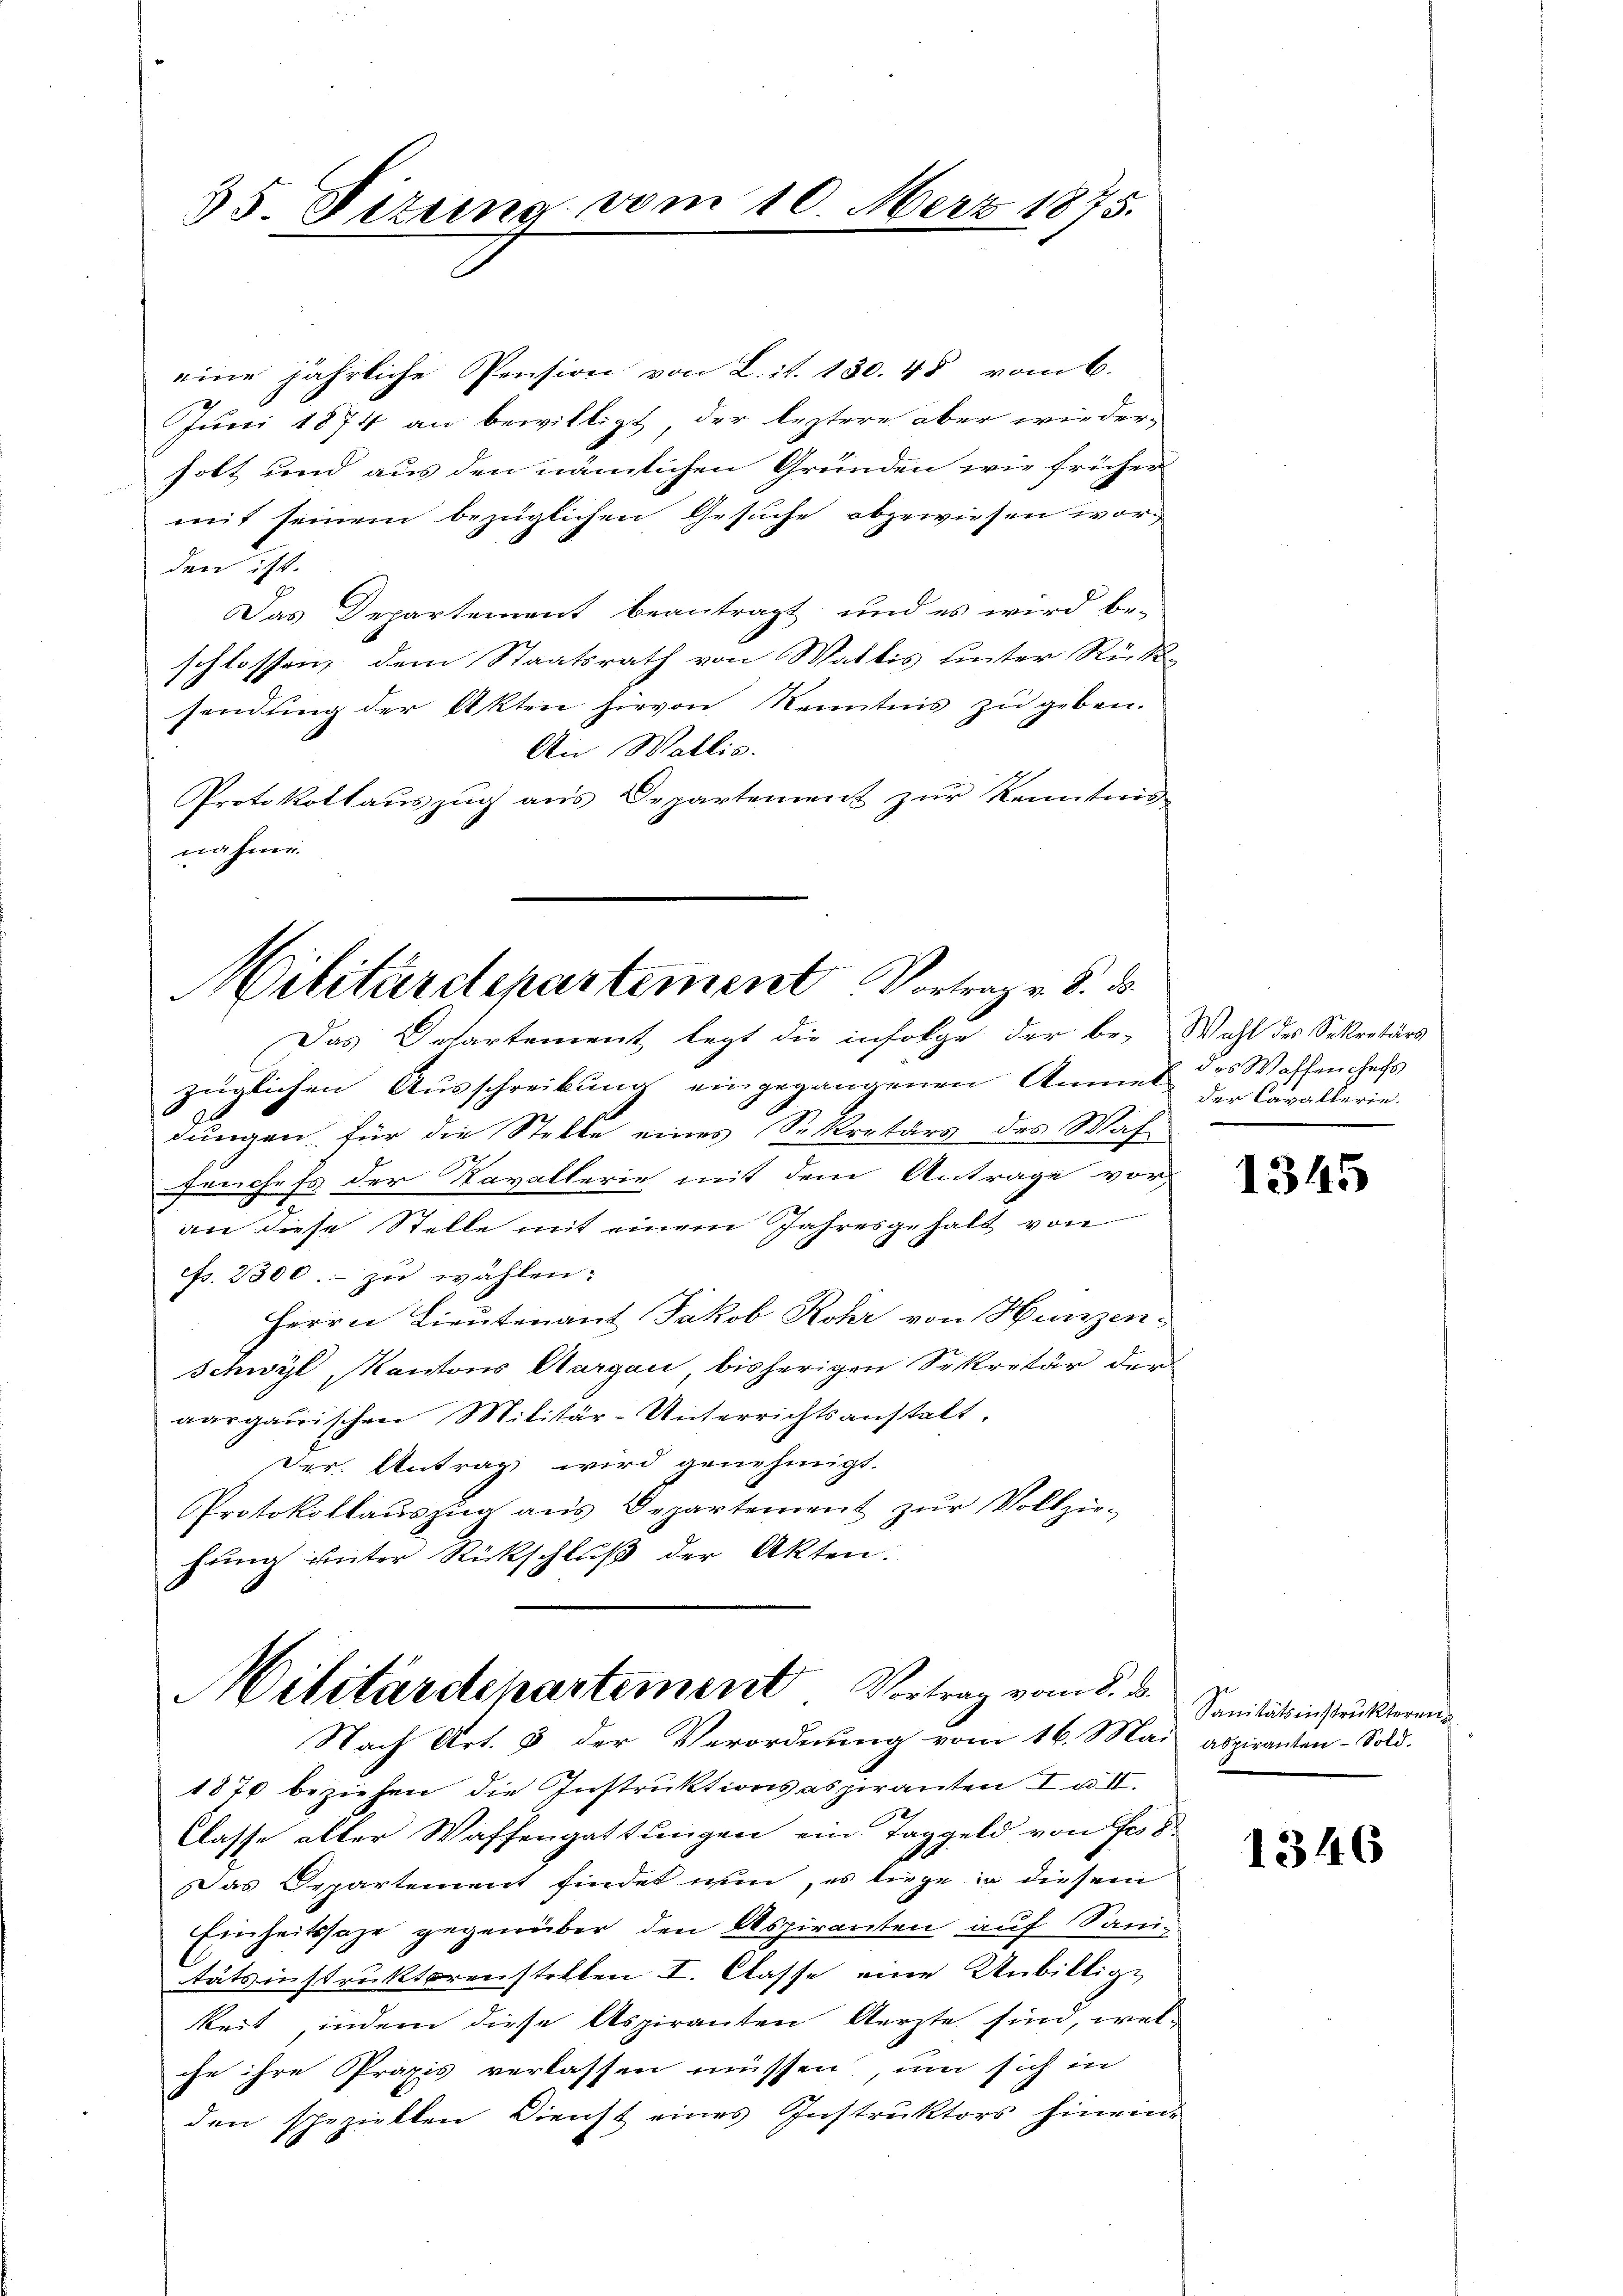
35. Pitung vom 10. März 1875.

eine jährliche Pension von Lit. 130. 48 vom 6.
Juni 1874 an bewilligt, der leztere aber wieder-
solt und aus den nämlichen Gründen wie früher
mit seinem bezüglichen Gesuche abgewiesen worden ist.
Das Departement beantragt, und es wird be-
schlossen, dem Staatsrath von Wattis unter Rücksendung der Akten hievon Kenntnis zu geben.
An Wallis.
Protokollauszug aus Departement zur Kenntnis
nahme.

Militärdepartement Vortrag v. 8. d.
Das Departement legt die infolge der be- Wahl des Sekretärs

züglichen Ausschreibung eingegangenen Anmel¬
G.
dungen, für die Stelle eines Sekretärs des Waffünchefs der Kavallerie mit dem Antrage vor
an diese Stelle mit einem Jahresgehalt von
efs. 2300. zu wählen:
Herrn Lieutenant Jakob Rohr von Hunzen
Schwyl, Kantons Aargau bisherigen Sekretär der
aargauischen Militär-Unterrichtsanstalt.
Drr. Antrag wird genehmigt.
Protokollaŭszŭg ans Departement zŭr Vollzie-
hung unter Rückschluß der Akten.

Militärdepartement Vortrag vom 8. d.
Nach Art. 3 der Verordnung vom 16. Mai abziranten Sold.

1870 beziehen die Instruktionsaspiranten I u. II.
Classe alter Waffengattungen ein Taggeld von Fr. 8
Das Repartement findet nun, es liege in diesem
Einheitssage gegenüber den Aspiranten auf Sanitätsinstruktorenstetten I. Classe eine Unbillige
keit, indem diese Aspiranten Aerzte sind, welche ihre Praxis verlassen müssen, um sich in
den speziellen Dienst eines Instruktors hinein-

des Waffen chefs
der Cavallerie.

1345

Sanitätsinstruktoren

1346